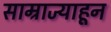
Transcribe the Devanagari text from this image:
साम्राज्याहून